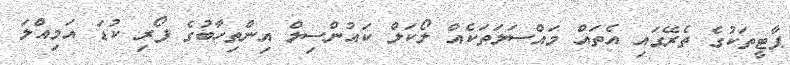
ޕާޓީތަކުގެ ތެރޭގައި އެތައް މައްސަލަތަކެއް ލޯކަލް ކައުންސިލް އިންތިހާބުގެ ފޯރި ކުޑަ އަމިއްލަ